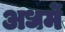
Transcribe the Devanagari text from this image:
अधर्मे